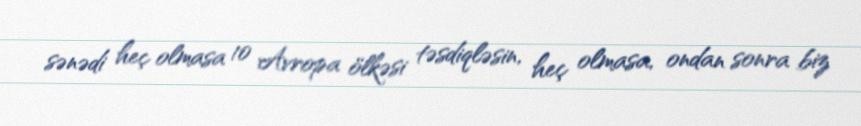
sənədi heç olmasa 10 Avropa ölkəsi təsdiqləsin, heç olmasa, ondan sonra biz